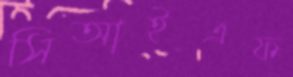
সিআইএফ